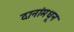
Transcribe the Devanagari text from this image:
दानांमधून